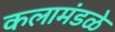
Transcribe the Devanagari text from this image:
कलामंडळे